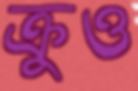
ক্রুও